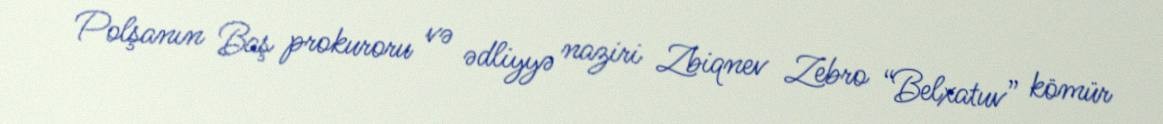
Polşanın Baş prokuroru və ədliyyə naziri Zbiqnev Zebro “Belxatuv” kömür